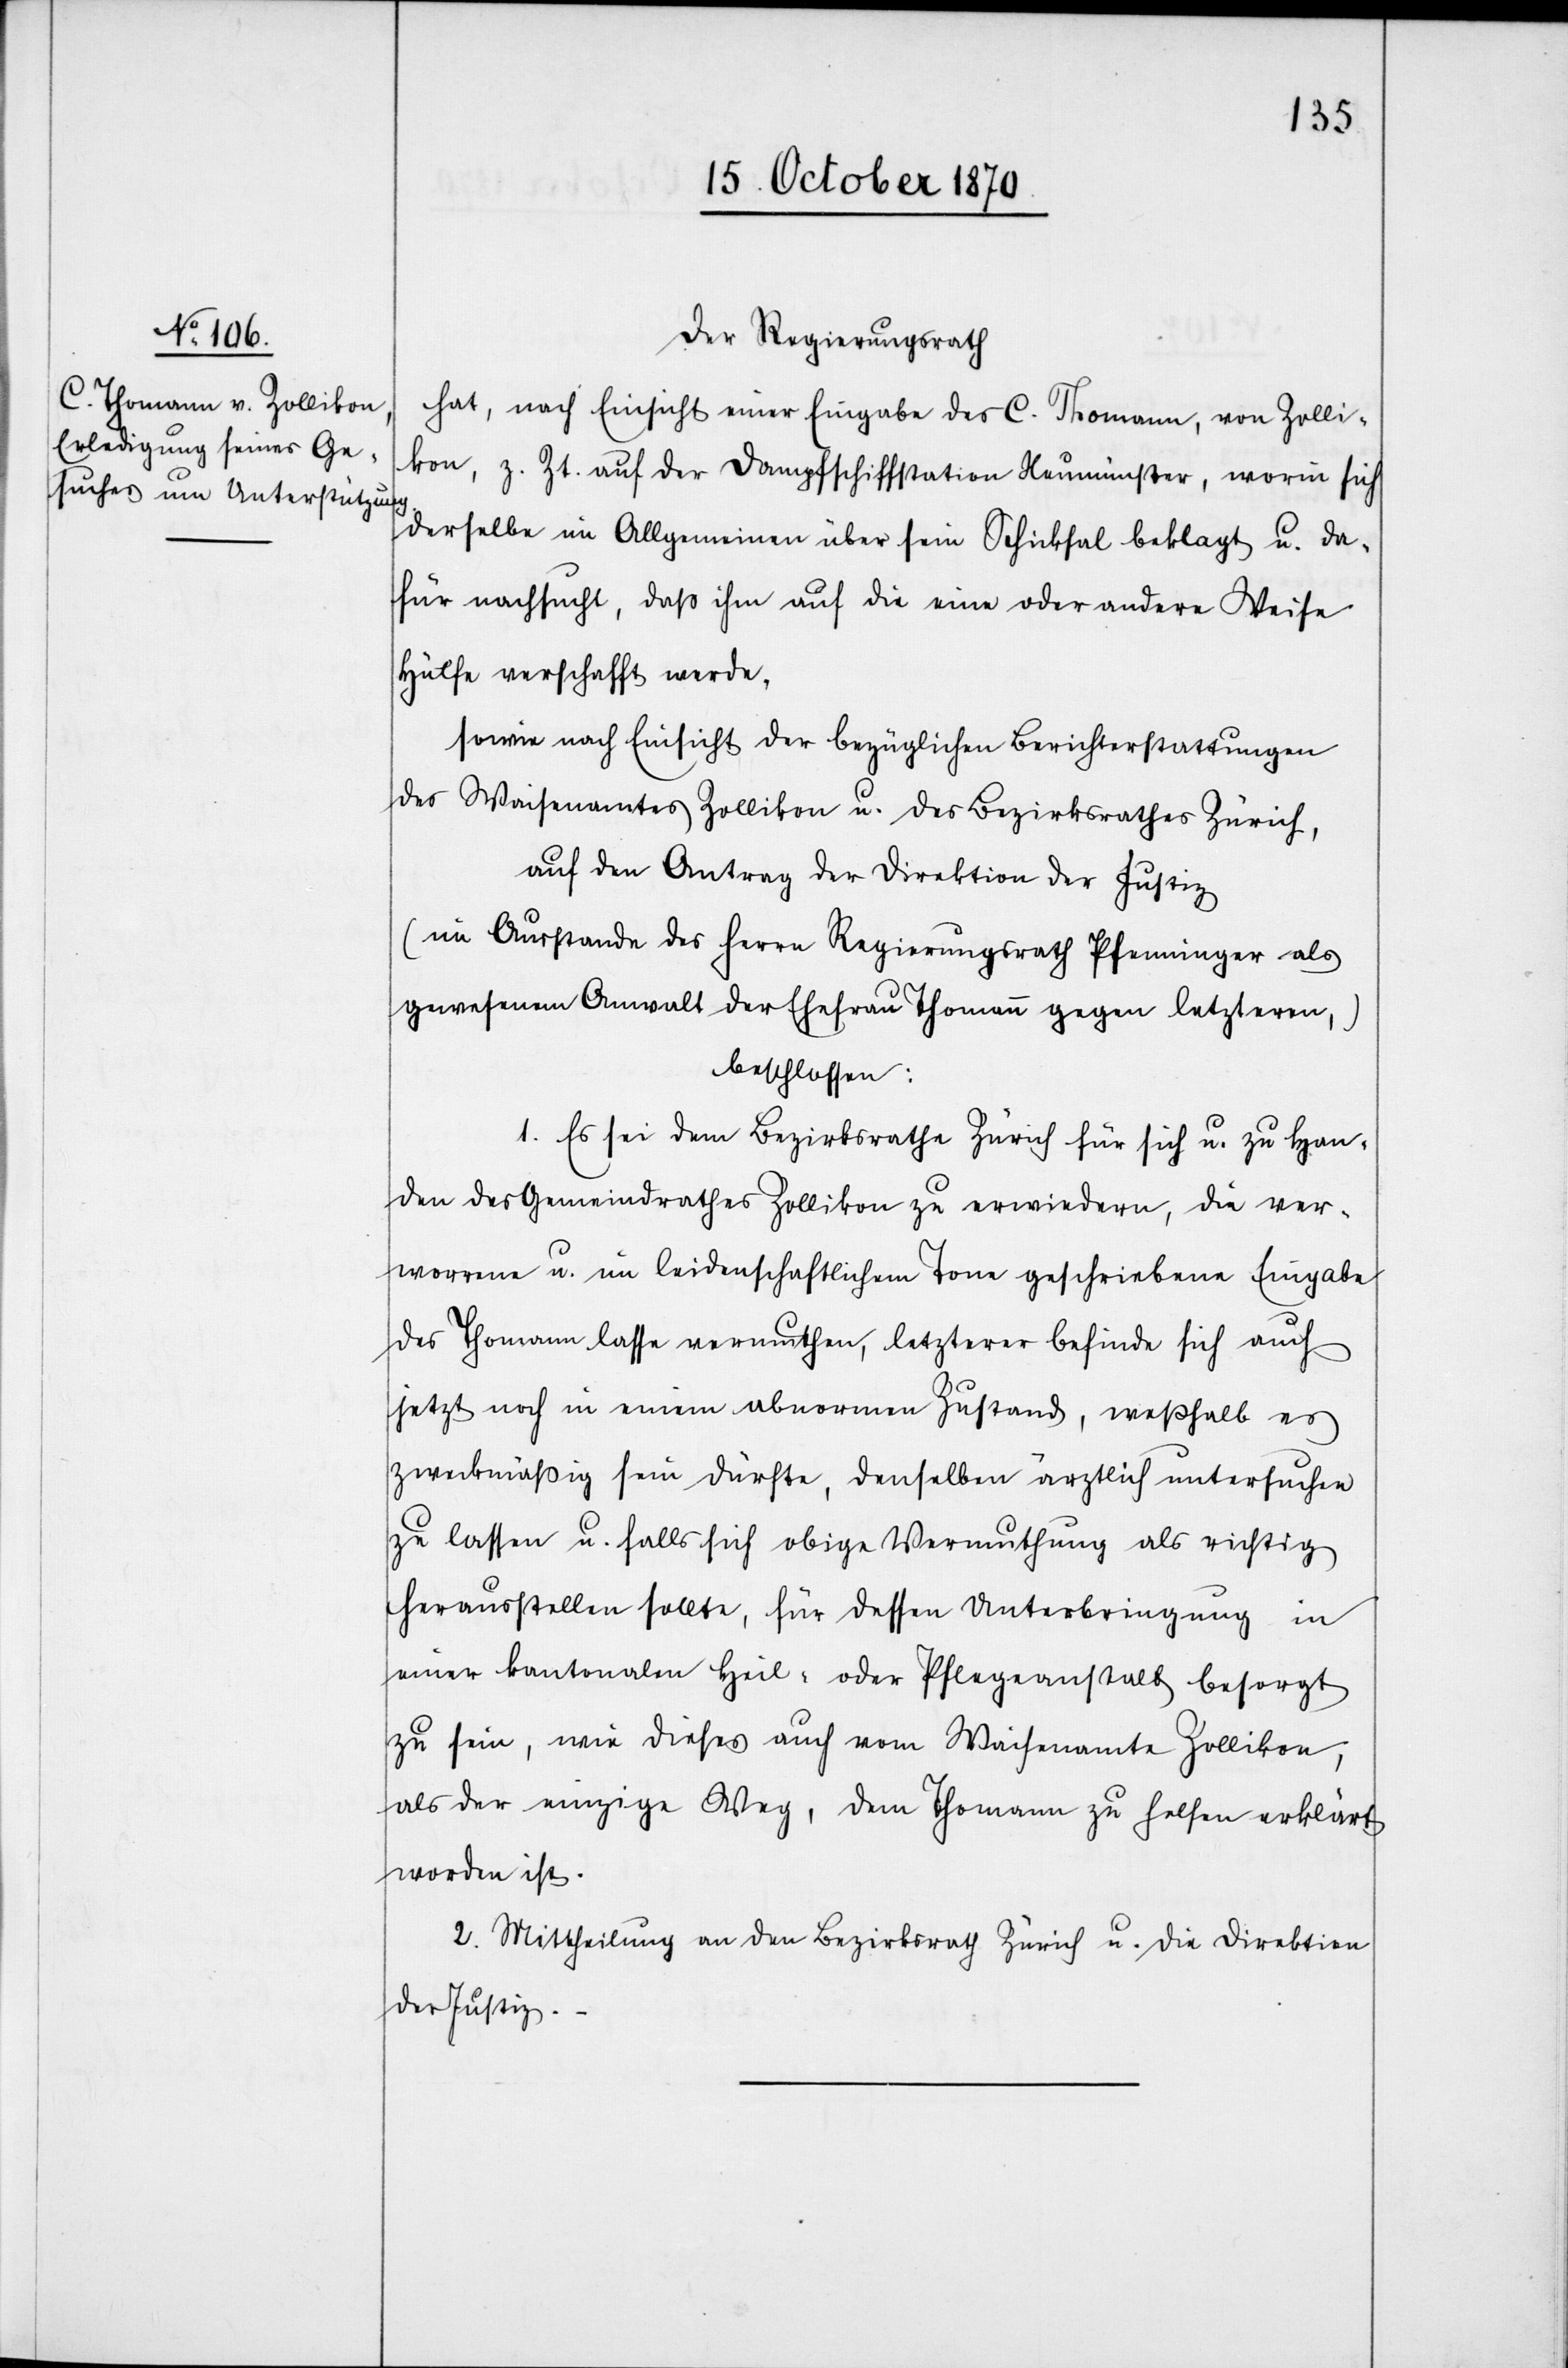
Der Regierungsrath
hat, nach Einsicht einer Eingabe des C. Thomann, von Zolli¬
kon, z. Zt. auf der Dampfschiffstation Neumünster, worin sich
derselbe im Allgemeinen über sein Schicksal beklagt u. da¬
für nachsucht, daß ihm auf die eine oder andere Weise
Hülfe verschafft werde,
sowie nach Einsicht der bezüglichen Berichterstattungen
des Waisenamtes Zollikon u. des Bezirksrathes Zürich,
auf den Antrag der Direktion der Justiz
(im Ausstande des Herrn Regierungsrath Pfenninger als
gewesenem Anwalt der Ehefrau Thomann gegen letzteren,)
beschlossen:
1. Es sei dem Bezirksrathe Zürich für sich u. zu Han¬
den des Gemeindrathes Zollikon zu erwiedern, die ver¬
worrene u. im leidenschaftlichen Tone geschriebene Eingabe
des Thomann lasse vermuthen, letzterer befinde sich auch
jetzt noch in einem abnormen Zustand, weßhalb es
zweckmäßig sein dürfte, denselben ärztlich untersuchen
zu lassen u. falls sich obige Vermuthung als richtig
herausstellen sollte, für dessen Unterbringung in
einer kantonalen Heil- oder Pflegeanstalt besorgt
zu sein, wie dieses auch vom Waisenamte Zollikon,
als der einzige Weg, dem Thomann zu helfen erklärt
worden ist.
2. Mittheilung an den Bezirksrath Zürich u. die Direktion
der Justiz.